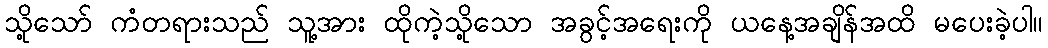
သို့သော် ကံတရားသည် သူ့အား ထိုကဲ့သို့သော အခွင့်အရေးကို ယနေ့အချိန်အထိ မပေးခဲ့ပါ။